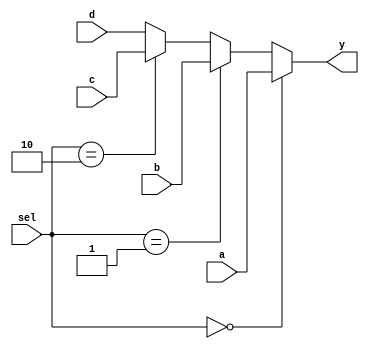
module multiplexer_assign (a, b, c, d, sel, y);

     input a, b, c, d;
     input [1:0] sel;
     output y;

     assign y = (sel == 2'b00) ? a :
                (sel == 2'b01) ? b :
                (sel == 2'b10) ? c : d;

endmodule